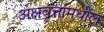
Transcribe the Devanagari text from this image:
अक्षवृत्तांमधील